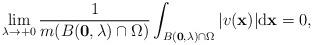
LaTeX: \begin{align*} \lim_{\lambda \to +0}\frac{1}{m(B(\mathbf 0,\lambda)\cap \Omega)}\int_{B(\mathbf 0,\lambda)\cap \Omega}\vert v(\mathbf x)\vert \mathrm d\mathbf x=0, \end{align*}